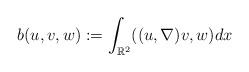
LaTeX: \begin{align*} b(u,v,w):=\int_{\mathbb{R}^{2}}((u,\nabla )v,w)dx\end{align*}